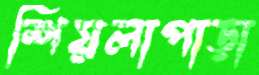
শিয়লাপাড়া